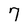
Character: 7